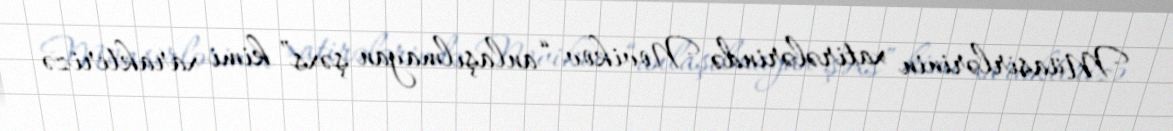
Müasirlərinin xatirələrində Novikov “anlaşılmayan şəxs” kimi xarakterizə